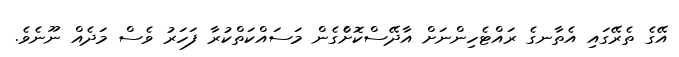
އޭގެ ތެރޭގައި އެތާނގެ ރައްޓެހިންނަށް އާދޭސްކޮށްެގެން މަސައްކަތްކުރާ ފަހަރު ވެސް މަދެއް ނޫނެވެ.